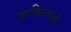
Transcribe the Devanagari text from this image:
जामिनाची